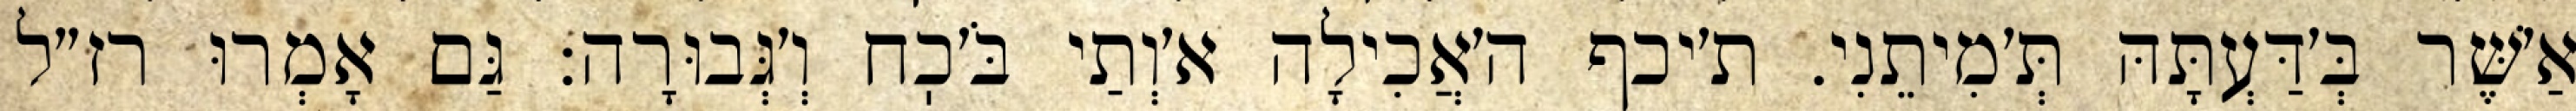
אַ׳שֶּׁר בְּ׳דַּעְתָּהּ תְּ׳מִיתֵנִי. ת׳יכף ה׳אֲכִילָה א׳וְתַי בֹּ׳כֽח וְ׳גְּבוּרָה: גַּם אָמְרוּ רז״ל